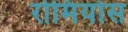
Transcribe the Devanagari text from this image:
रोमियोस